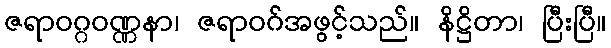
ဇရာဝဂ္ဂဝဏ္ဏနာ၊ ဇရာဝဂ်အဖွင့်သည်။ နိဋ္ဌိတာ၊ ပြီးပြီ။